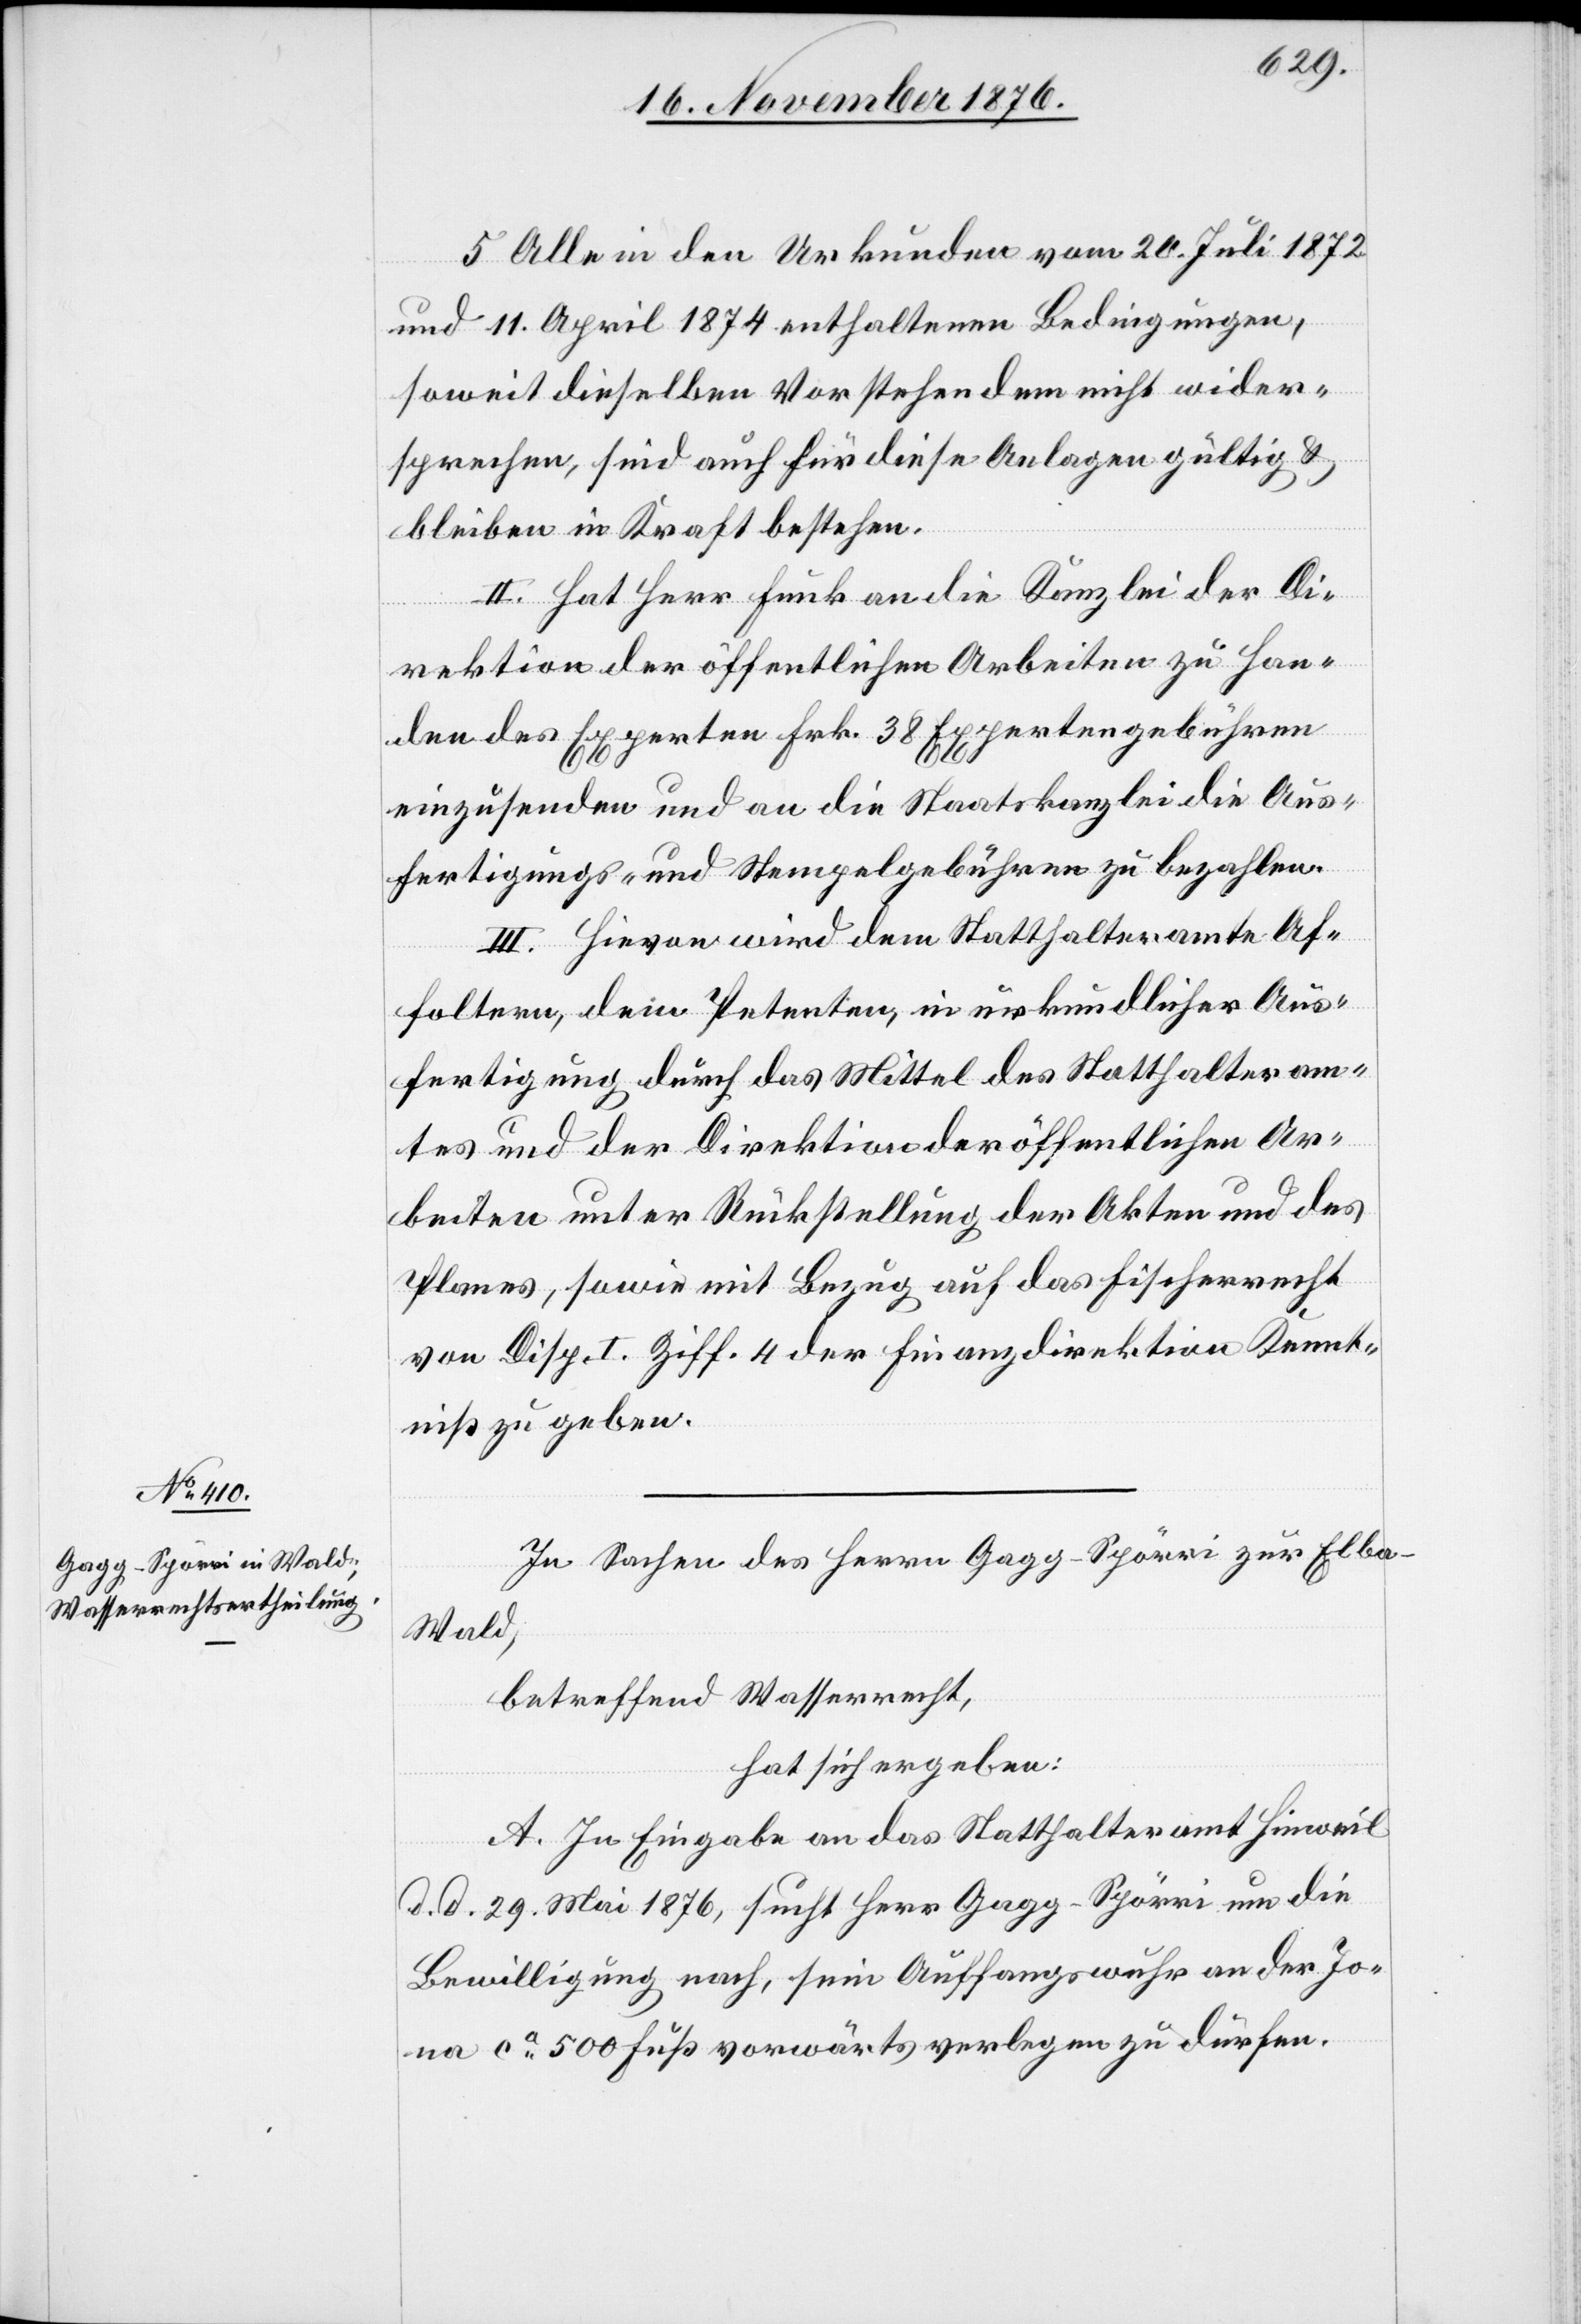
5. Alle in den Urkunden vom 20. Juli 1872
und 11. April 1874 enthaltenen Bedingungen,
soweit dieselben Vorstehendem nicht wider¬
sprechen, sind auch für diese Anlagen gültig &
bleiben in Kraft bestehen.
II. Hat Herr Funk an die Kanzlei der Di¬
rektion der öffentlichen Arbeiten zu Han¬
den des Experten Frk. 38 Expertengebühren
einzusenden und an die Staatskanzlei die Aus¬
fertigungs- und Stempelgebühren zu bezahlen.
III. Hievon wird dem Statthalteramte Af¬
foltern, dem Petenten, in urkundlicher Aus¬
fertigung durch das Mittel des Statthalteram¬
tes und der Direktion der öffentlichen Ar¬
beiten unter Rückstellung der Akten und des
Planes, sowie mit Bezug auf das Fischerrecht
von Disp. I. Ziff. 4 der Finanzdirektion Kennt¬
niß zu geben
In Sachen des Herrn Gagg-Spörri zur Elba
Wald,
betreffen Wasserrecht,
hat sich ergeben:
A. In Eingabe an das Statthalteramt Hinweil
d. d. 29. Mai 1876, sucht Herr Gagg-Spörri um die
Bewilligung nach, sein Auffangswuhr an der Jo¬
na ca 500 Fuß vorwärts verlegen zu dürfen.